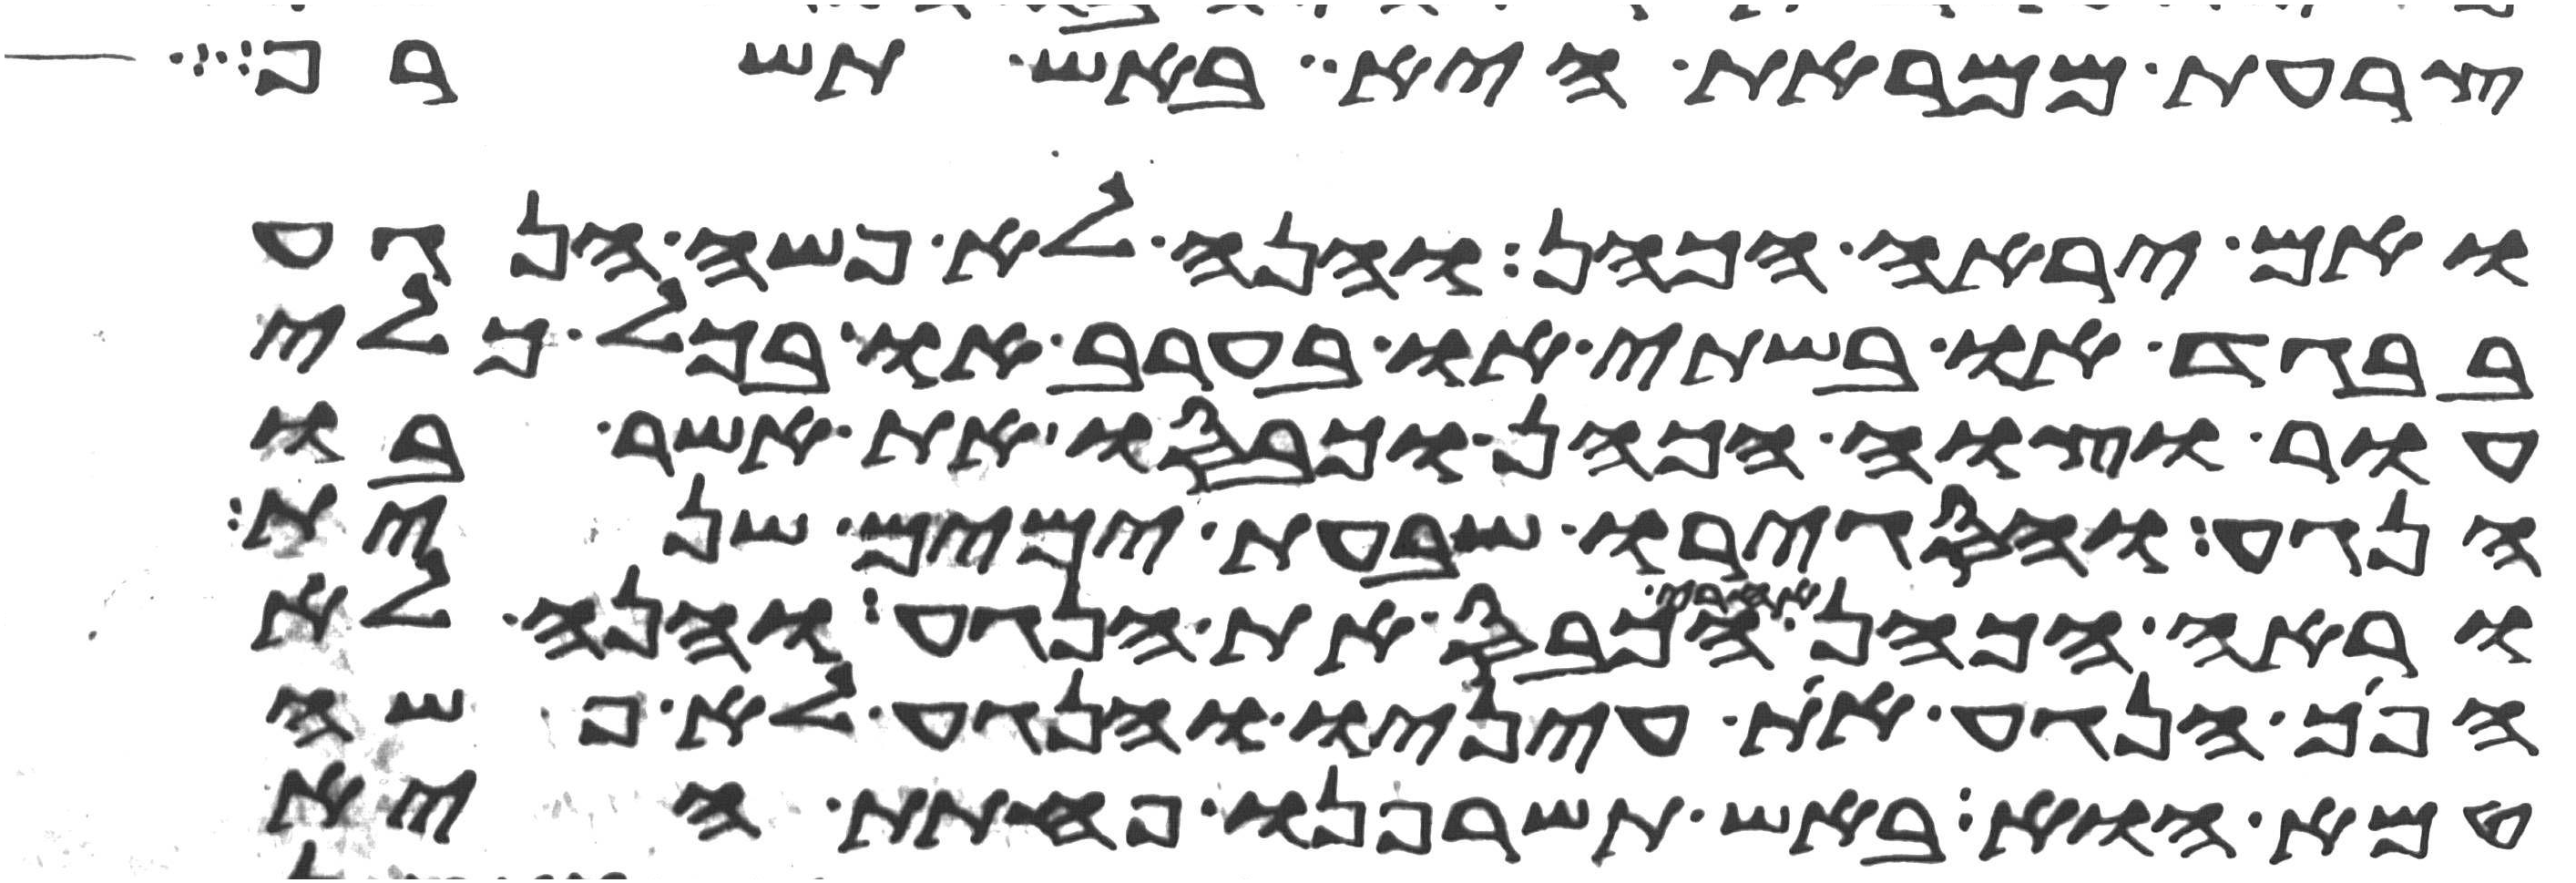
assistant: צרעת ממראת היא באש תשרף
ואם יראה הכהן והנה לא פשה הנגע
בבגד או בשתי או בערב או בכל כלי
עור וצוה הכהן וכבסו את אשר בו
הנגע והסגירו שבעת ימים שנית
וראה הכהן אחרי הכבס את הנגע והנה לא
הפך הנגע את עיניו והנגע לא פשה
טמא הוא באש תשרפנו פחתת היא